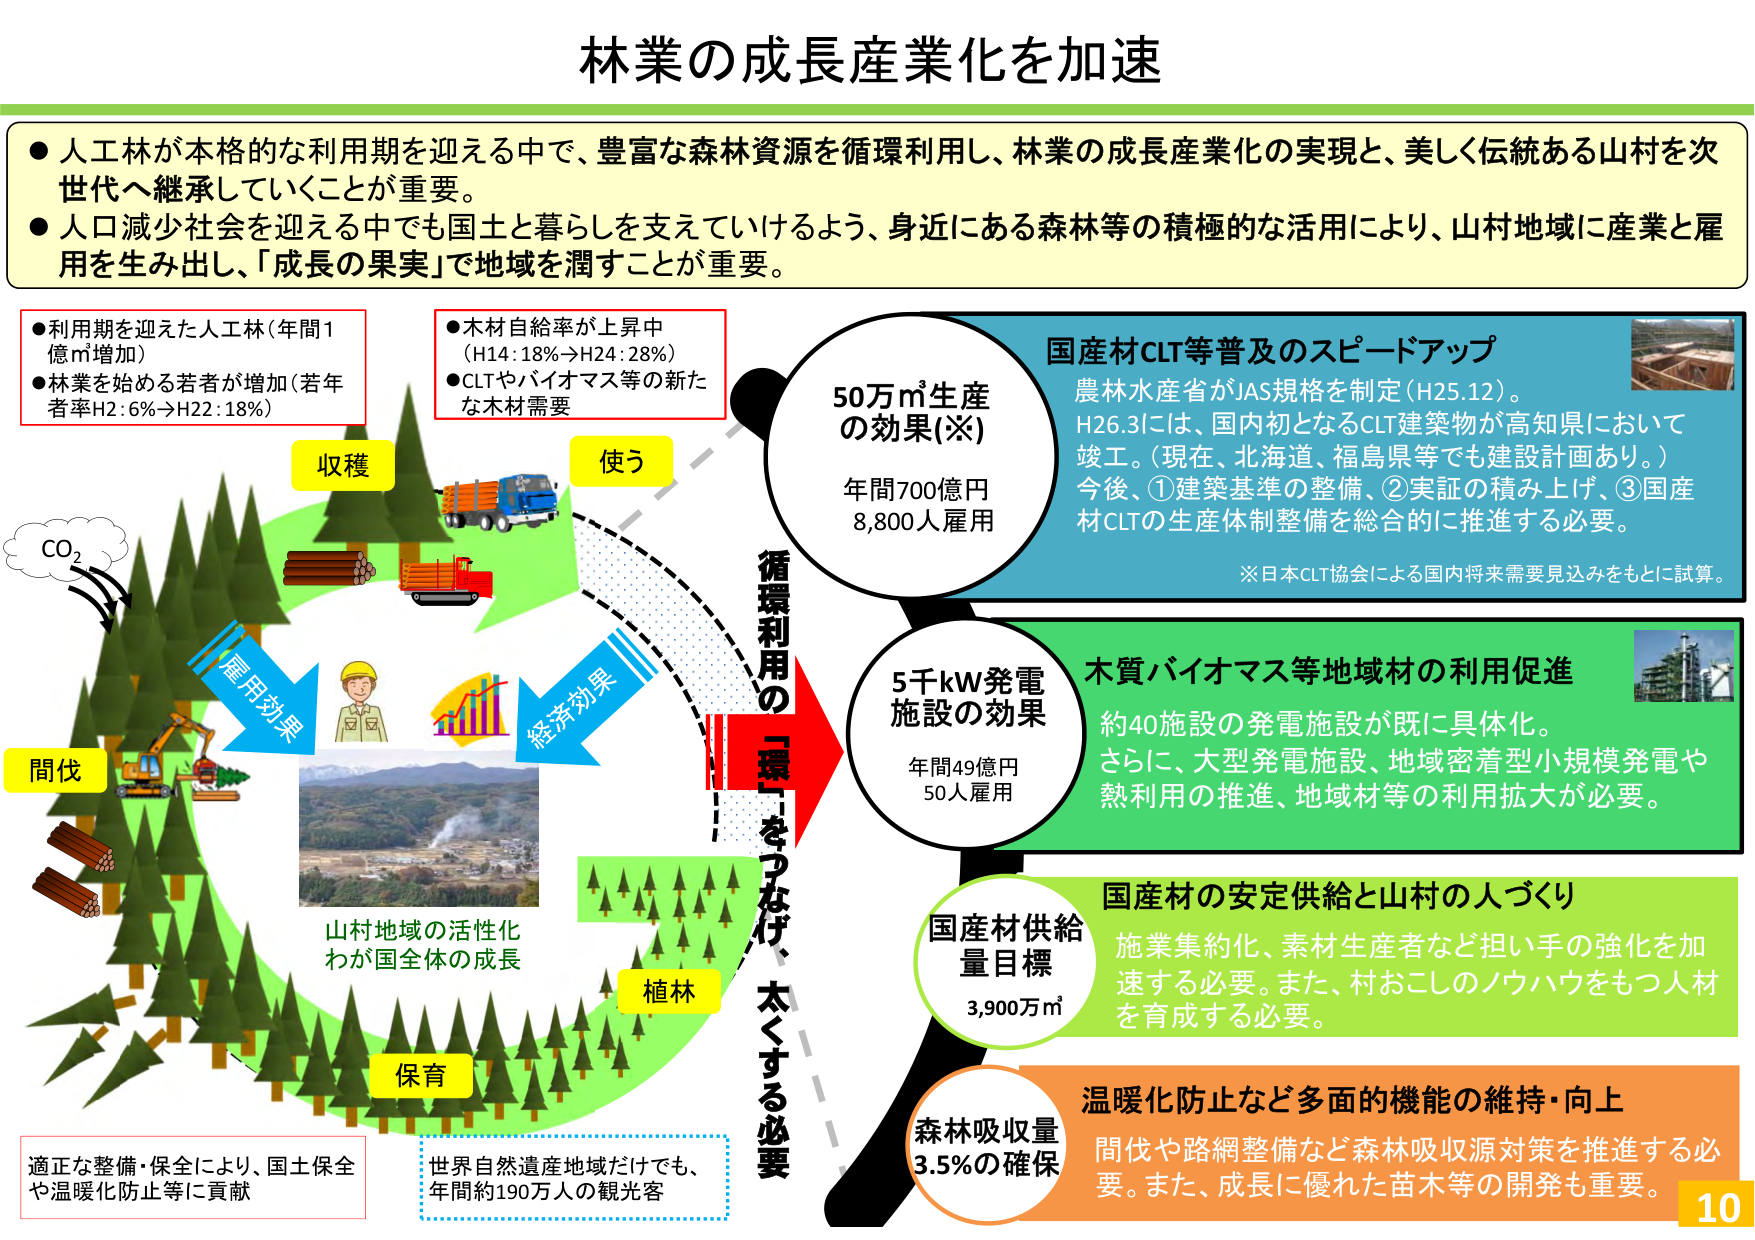
林業の成長産業化を加速

●人工林が本格的な利用期を迎える中で、豊富な森林資源を循環利用し、林業の成長産業化の実現と、美しく伝統ある山村を次世代へ継承していくことが重要。
●人口減少社会を迎える中でも国土と暮らしを支えていけるよう、身近にある森林等の積極的な活用により、山村地域に産業と雇用を生み出し、「成長の果実」で地域を潤すことが重要。

●利用期を迎えた人工林（年間1億㎥増加）
●林業を始める若者が増加（若年者率H2：6％→H22：18％）

●木材自給率が上昇中
（H14：18％→H24：28％）
●CLTやバイオマス等の新たな木材需要

収穫
使う
間伐
雇用効果
経済効果
植林
保育

CO₂

山村地域の活性化
わが国全体の成長

適正な整備・保全により、国土保全や温暖化防止等に貢献

世界自然遺産地域だけでも、年間約190万人の観光客

循環利用の「環」をつなげ、太くする必要

50万㎥生産の効果（※）
年間700億円
8,800人雇用

国産材CLT等普及のスピードアップ
農林水産省がJAS規格を制定（H25.12）。
H26.3には、国内初となるCLT建築物が高知県において竣工。（現在、北海道、福島県等でも建設計画あり。）
今後、①建築基準の整備、②実証の積み上げ、③国産材CLTの生産体制整備を総合的に推進する必要。
※日本CLT協会による国内将来需要見込みをもとに試算。

5千kW発電施設の効果
年間49億円
50人雇用

木質バイオマス等地域材の利用促進
約40施設の発電施設が既に具体化。
さらに、大型発電施設、地域密着型小規模発電や熱利用の推進、地域材等の利用拡大が必要。

国産材供給量目標
3,900万㎥

国産材の安定供給と山村の人づくり
施業集約化、素材生産者など担い手の強化を加速する必要。また、村おこしのノウハウをもつ人材を育成する必要。

森林吸収量
3.5％の確保

温暖化防止など多面的機能の維持・向上
間伐や路網整備など森林吸収源対策を推進する必要。また、成長に優れた苗木等の開発も重要。

10